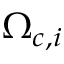
\Omega _ { c , i }